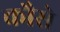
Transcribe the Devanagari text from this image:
कौसे